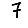
Digit: 7